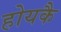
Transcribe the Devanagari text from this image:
होयकै